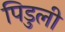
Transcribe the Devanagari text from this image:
पिडुली